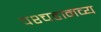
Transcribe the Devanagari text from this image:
पश्चहानव्य